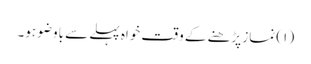
( ۱) نماز پڑھنے کے وقت خواہ پہلے سے باوضو ہو۔